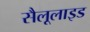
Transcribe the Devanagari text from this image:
सैलूलाइड